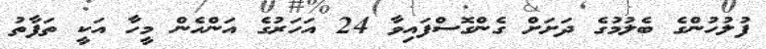
ފުލުހުންގެ ބެލުމުގެ ދަށަށް ގެންގޮސްފައިވާ 24 އަހަރުގެ އަންހެން މީހާ އަކީ ތަފާތު